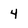
Character: 4